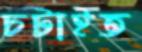
চটাইত